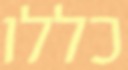
כללו